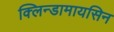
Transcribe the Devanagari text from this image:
क्लिन्डामायसिन